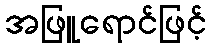
အဖြူရောင်ဖြင့်